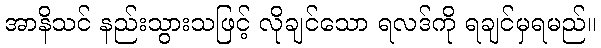
အာနိသင် နည်းသွားသဖြင့် လိုချင်သော ရလဒ်ကို ရချင်မှရမည်။